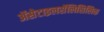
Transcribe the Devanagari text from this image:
ॲसेटाइलसॅलिसिलिक